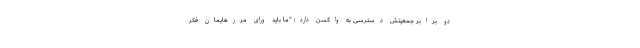
دو برابر جمعیتش دسترسی به واکسن دارد: "ما باید ورای مرزهایمان فکر